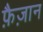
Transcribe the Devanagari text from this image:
फ़ैज़ान